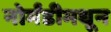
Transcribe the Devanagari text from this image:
नोर्मंडीमधून